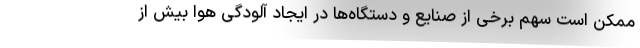
ممکن است سهم برخی از صنایع و دستگاه‌ها در ایجاد آلودگی هوا بیش از